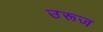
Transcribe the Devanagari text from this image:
उरूज